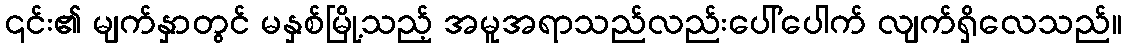
၎င်း၏ မျက်နှာတွင် မနှစ်မြို့သည့် အမူအရာသည်လည်းပေါ်ပေါက် လျက်ရှိလေသည်။